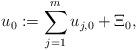
LaTeX: \begin{align*}u_{0}:=\sum_{j=1}^{m}u_{j,0}+\Xi_{0},\end{align*}